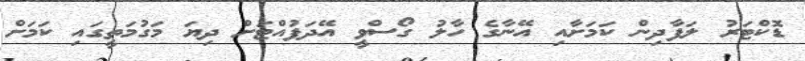
ޑޮކްޓަރު ލަފާދިން ކަމަށާއި އޭނާގެ ހާލު ގޯސްވީ އޭދަފުއްޓަށް ދިޔަ މަގުމަތީގައި ކަމަށް